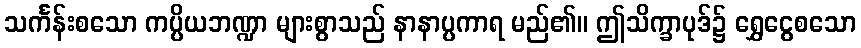
သင်္ကန်းစသော ကပ္ပိယဘဏ္ဍာ များစွာသည် နာနာပ္ပကာရ မည်၏။ ဤသိက္ခာပုဒ်၌ ရွှေငွေစသော